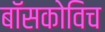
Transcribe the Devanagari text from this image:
बॉसकोविच